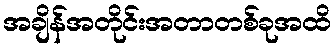
အချိန်အတိုင်းအတာတစ်ခုအထိ